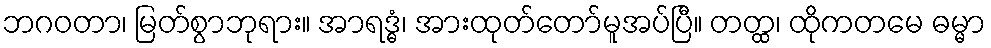
ဘဂဝတာ၊ မြတ်စွာဘုရား။ အာရဒ္ဓံ၊ အားထုတ်တော်မူအပ်ပြီ။ တတ္ထ၊ ထိုကတမေ ဓမ္မာ